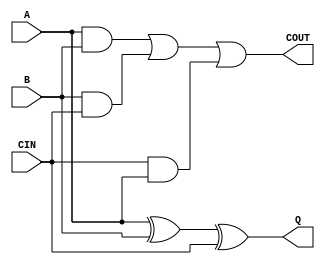
module fulladd( A, B, CIN, Q, COUT);
input A,B,CIN;
output Q, COUT;

assign Q = A ^ B ^ CIN;
assign COUT = (A & B) | (B & CIN) | (CIN & A);

endmodule